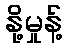
နို့မှုန့်